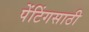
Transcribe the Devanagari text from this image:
पेंटिंगसाठी